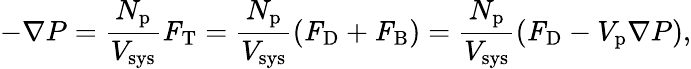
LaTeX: -\nabla P=\frac{N_{\mathrm{p}}}{V_{\mathrm{sys}}}\textbf{\textit{F}}_{\mathrm{T}}=\frac{N_{\mathrm{p}}}{V_{\mathrm{sys}}}(\textbf{\textit{F}}_{\mathrm{D}}+\textbf{\textit{F}}_{\mathrm{B}})=\frac{N_{\mathrm{p}}}{V_{\mathrm{sys}}}(\textbf{\textit{F}}_{\mathrm{D}}-V_{\mathrm{p}}\nabla P),